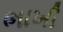
ભાખી